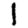
Digit: 1